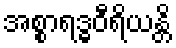
အစ္စာရဒ္ဓဝီရိယန္တိ